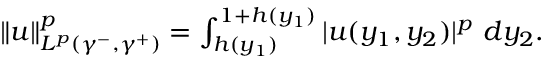
\begin{array} { r } { \| u \| _ { L ^ { p } ( \gamma ^ { - } , \gamma ^ { + } ) } ^ { p } = \int _ { h ( y _ { 1 } ) } ^ { 1 + h ( y _ { 1 } ) } | u ( y _ { 1 } , y _ { 2 } ) | ^ { p } \ d y _ { 2 } . } \end{array}